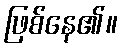
ဖြစ်နေ၏။